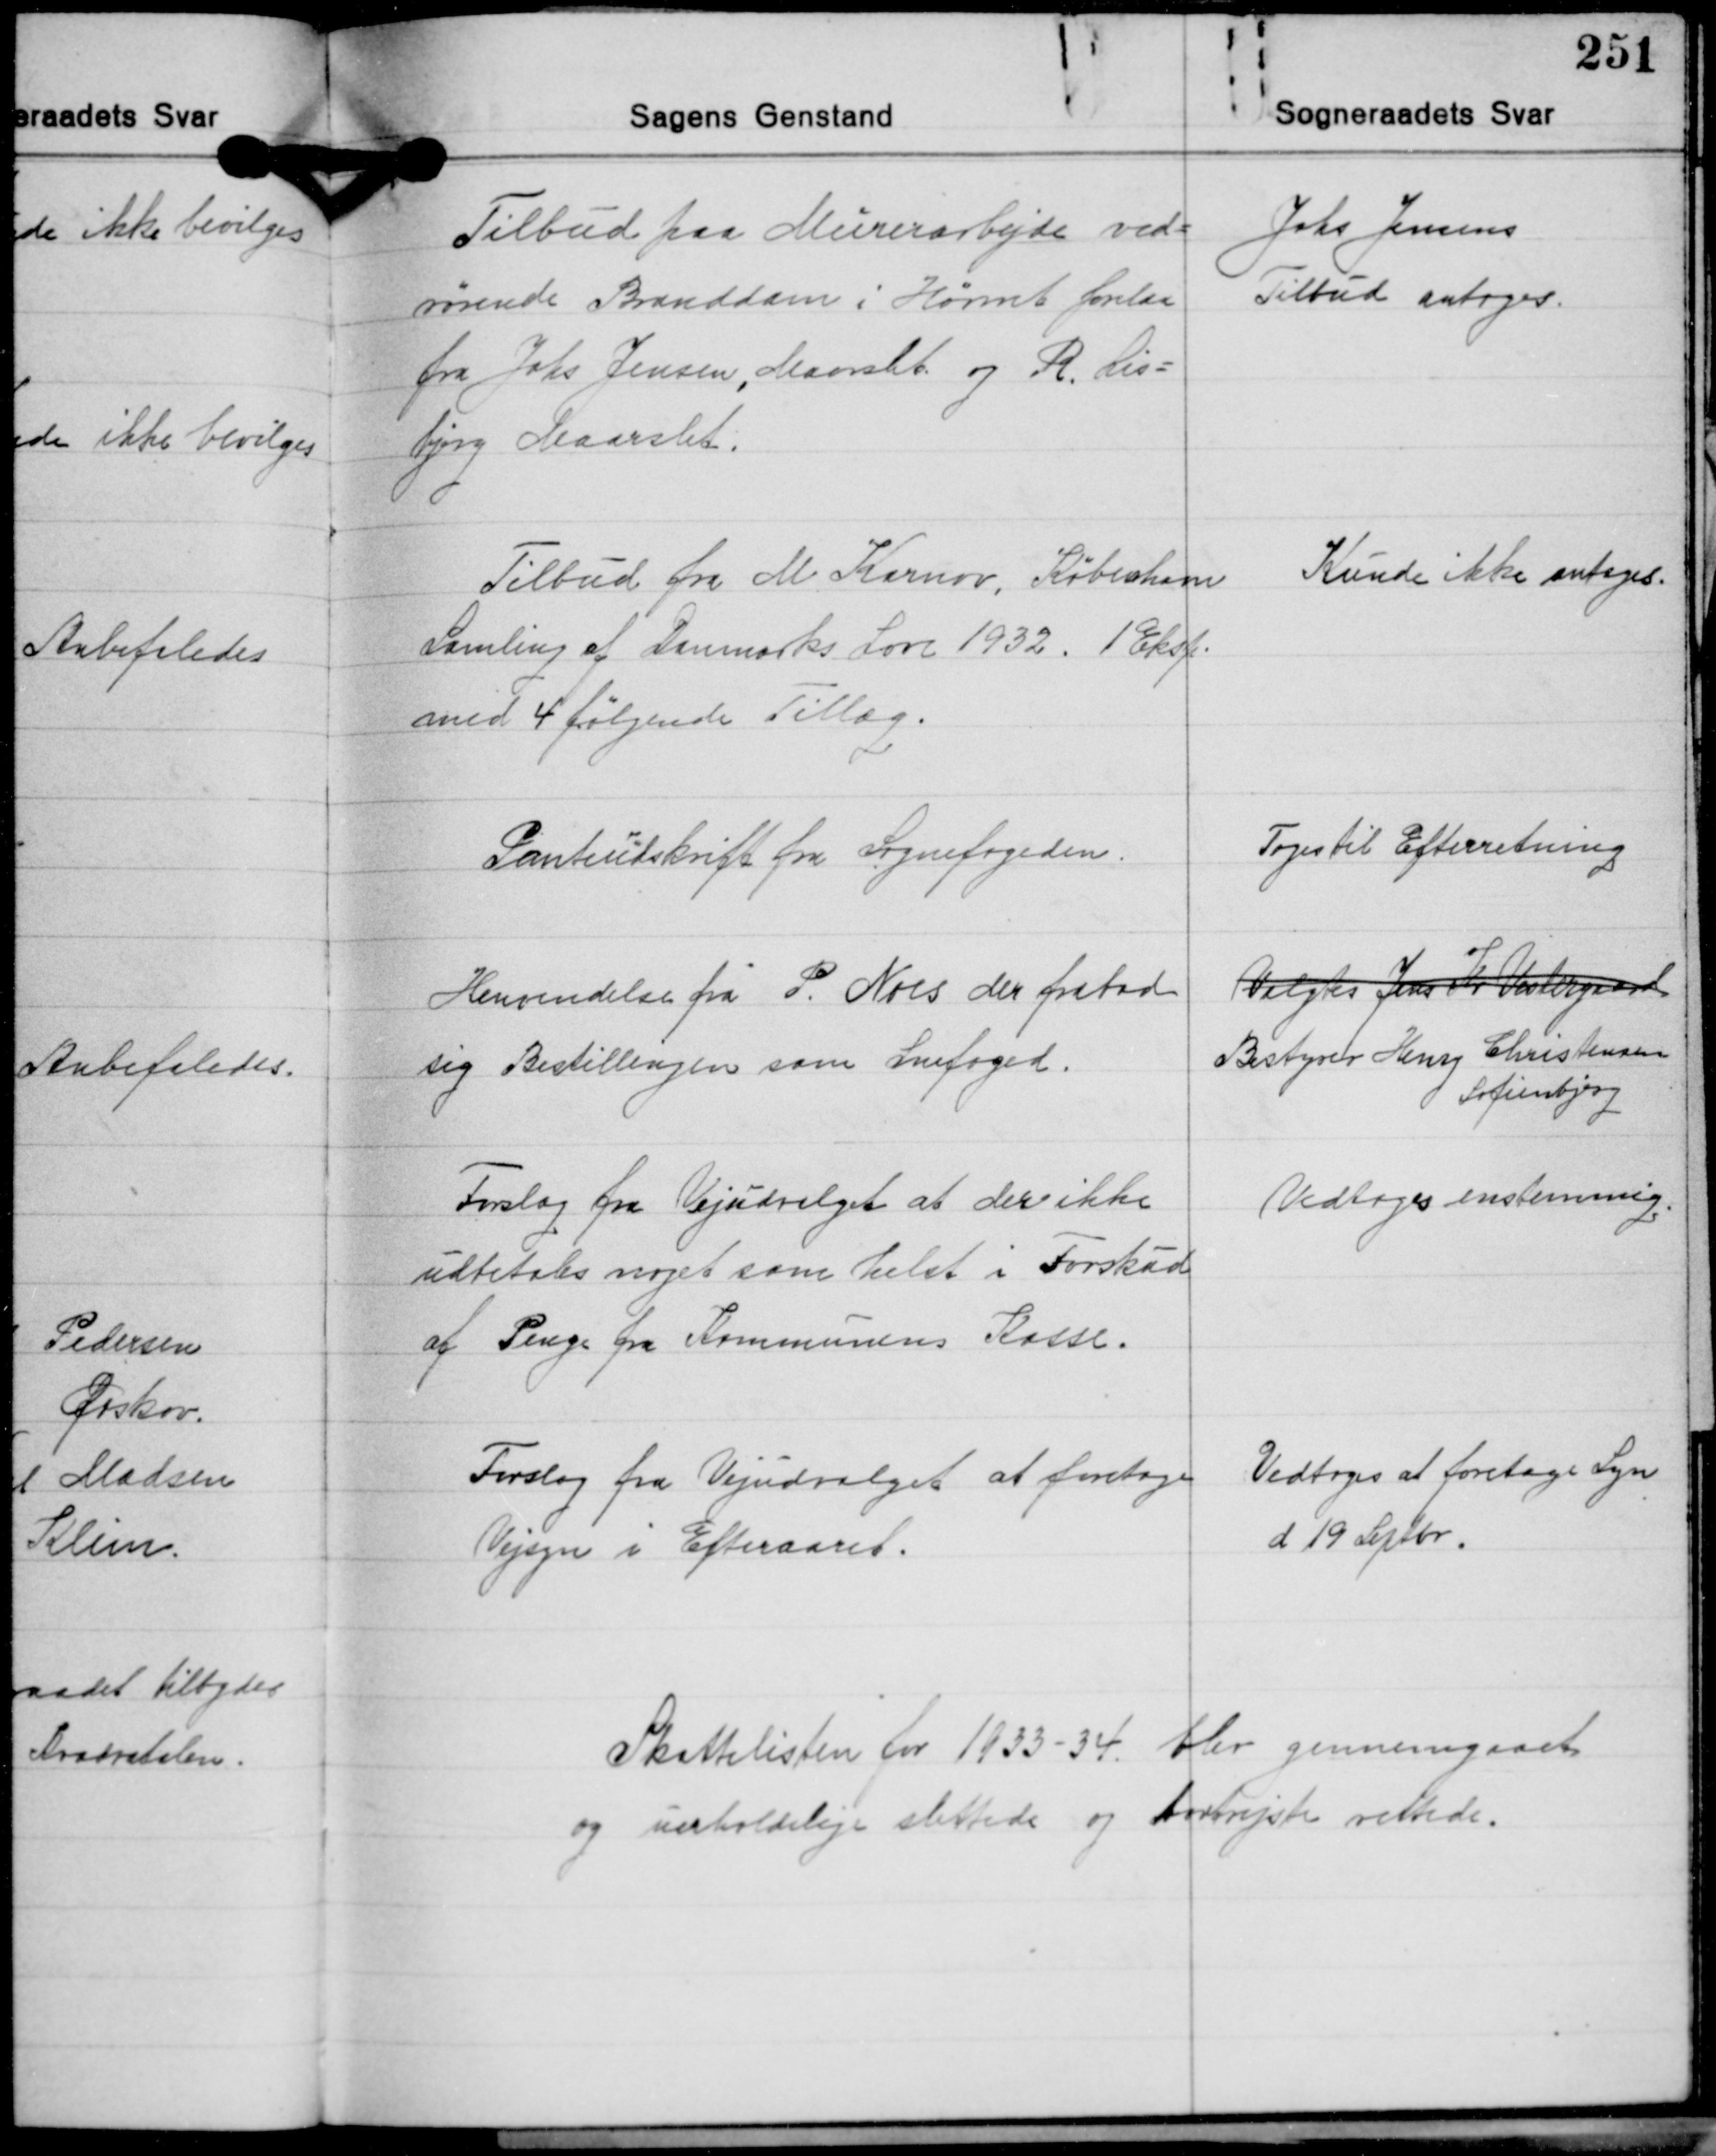
Transskription:
Tilbud paa Murerarbejde ved-
rørende Branddam i Hørret forelaa
fra Johs Jensen, Maarslet og R. Lis-
bjerg Maarslet.

Johs Jensens
Tilbud antoges

Tilbud fra M. Karnov, København
Samling af Danmarks Love 1932. 1 Eksp.
med 4 følgende Tillæg.

Kunde ikke antages.

Panteudskrift fra Sognefogeden.

Toges til Efterretning

Henvendelse fra P. Noes der frabad
sig Bestillingen som Snefoged.

Valgtes Jens Kr. Vestergaard
Bestyrer Henry Christensen
Sofienbjerg

Forslag fra Vejudvalget at der ikke
udbetales noget som helst i Forskud
af Penge fra Kommunens Kasse.

Vedtoges enstemmig

Forslag fra Vejudvalget at foretage
Vejsyn i Efteraaret.

Vedtoges at foretage Syn
d 19 Septbr.

Skattelisten for 1933-34. blev gennemgaaet
og uerholdelige slettede og bortrejste rettede.